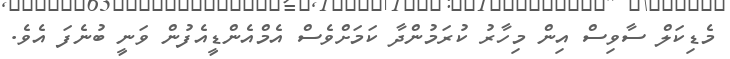
މެޑިކަލް ސާވިސް އިން މިހާރު ކުރަމުންދާ ކަމަށްވެސް އެމްއެންޑީއެފުން ވަނީ ބުނެފަ އެވެ.